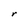
Character: r